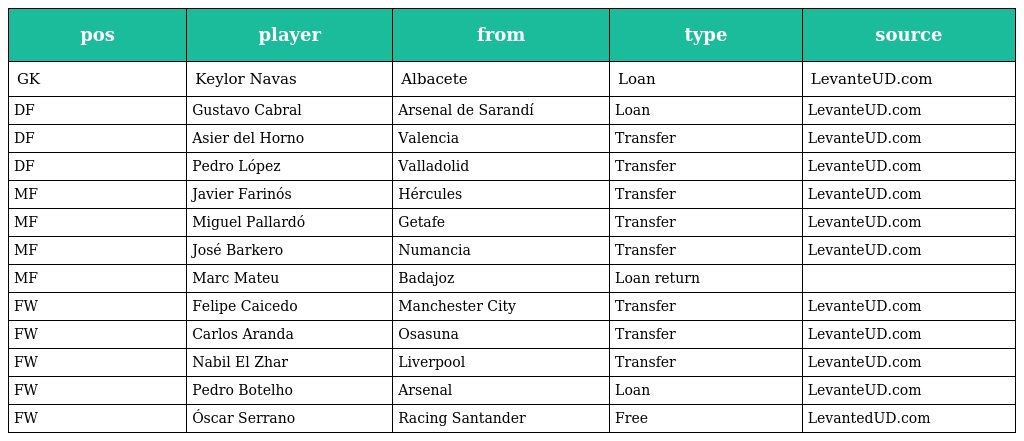
| pos | player | from | type | source |
 | --- | --- | --- | --- | --- |
 | GK | Keylor Navas | Albacete | Loan | LevanteUD.com |
 | DF | Gustavo Cabral | Arsenal de Sarandí | Loan | LevanteUD.com |
 | DF | Asier del Horno | Valencia | Transfer | LevanteUD.com |
 | DF | Pedro López | Valladolid | Transfer | LevanteUD.com |
 | MF | Javier Farinós | Hércules | Transfer | LevanteUD.com |
 | MF | Miguel Pallardó | Getafe | Transfer | LevanteUD.com |
 | MF | José Barkero | Numancia | Transfer | LevanteUD.com |
 | MF | Marc Mateu | Badajoz | Loan return |  |
 | FW | Felipe Caicedo | Manchester City | Transfer | LevanteUD.com |
 | FW | Carlos Aranda | Osasuna | Transfer | LevanteUD.com |
 | FW | Nabil El Zhar | Liverpool | Transfer | LevanteUD.com |
 | FW | Pedro Botelho | Arsenal | Loan | LevanteUD.com |
 | FW | Óscar Serrano | Racing Santander | Free | LevantedUD.com |